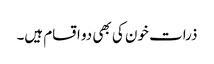
ذرات خون کی بھی دو اقسام ہیں۔